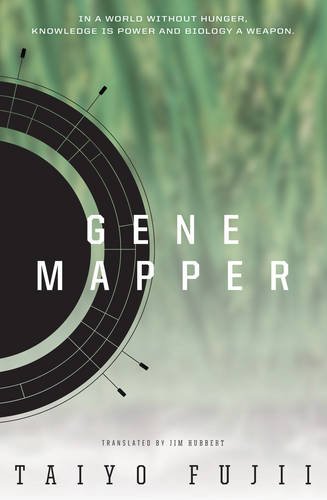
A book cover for Gene Mapper; Taiyo Fujii; Science Fiction & Fantasy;